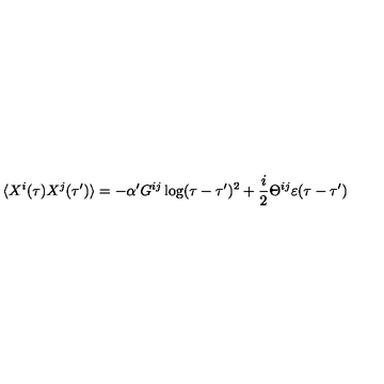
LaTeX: \langle X ^ { i } ( \tau ) X ^ { j } ( \tau ^ { \prime } ) \rangle = - \alpha ^ { \prime } G ^ { i j } \log ( \tau - \tau ^ { \prime } ) ^ { 2 } + { \frac { i } { 2 } } \Theta ^ { i j } \varepsilon ( \tau - \tau ^ { \prime } )